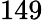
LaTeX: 149